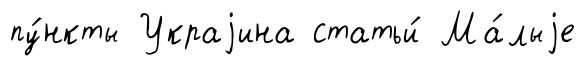
пу́нкты Украjина статьи́ Ма́лыjе